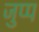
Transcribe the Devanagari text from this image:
जुप्प